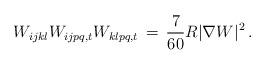
LaTeX: \begin{align*}W_{ijkl}W_{ijpq,t}W_{klpq,t} \,=\, \frac{7}{60}R|\nabla W|^{2} \,.\end{align*}